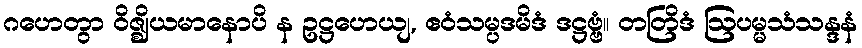
ဂဟေတွာ ဝိဇ္ဈိယမာနောပိ န ဥဋ္ဌဟေယျ, ဧဝံသမ္ပဒမိဒံ ဒဋ္ဌဗ္ဗံ။ တတြိဒံ ဩပမ္မသံသန္ဒနံ